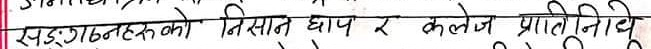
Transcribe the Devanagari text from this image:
संगठनहरूको तिरसात धाप र कलेज प्रतिनिधि